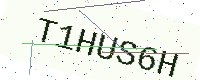
Text: T1HUS6H